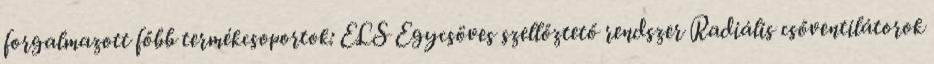
forgalmazott főbb termékcsoportok: ELS Egycsöves szellőztető rendszer Radiális csőventilátorok